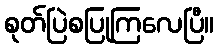
စုတ်ပြဲစပြုကြလေပြီ။